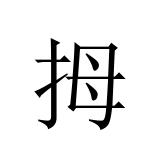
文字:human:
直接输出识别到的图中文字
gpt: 拇